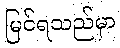
မြင်ရသည်မှာ